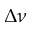
\Delta \nu